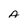
Character: A